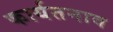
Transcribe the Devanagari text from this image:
कार्यतनाव